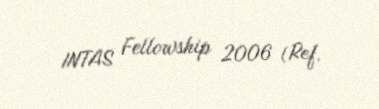
INTAS Fellowship 2006 (Ref.